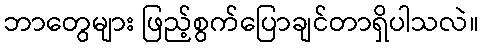
ဘာတွေများ ဖြည့်စွက်ပြောချင်တာရှိပါသလဲ။